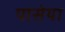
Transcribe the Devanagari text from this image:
पासेया